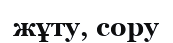
жұту, сору